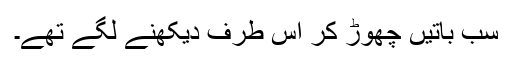
سب باتیں چھوڑ کر اس طرف دیکھنے لگے تھے۔